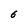
Character: 6